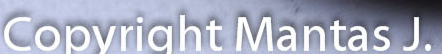
Copyright Mantas J.